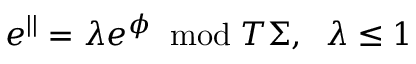
e ^ { | | } = \lambda e ^ { \phi } \; \; \mathrm { m o d } \; T \Sigma , \; \; \lambda \leq 1